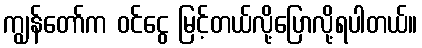
ကျွန်တော်က ဝင်ငွေ မြင့်တယ်လို့ပြောလို့ရပါတယ်။